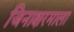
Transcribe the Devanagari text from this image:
जिनाक्षरमाला